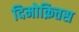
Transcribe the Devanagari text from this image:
दिमोक्रितस